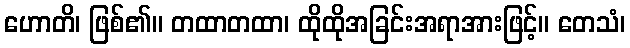
ဟောတိ၊ ဖြစ်၏။ တထာတထာ၊ ထိုထိုအခြင်းအရာအားဖြင့်။ တေသံ၊